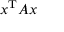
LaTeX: x ^ { \mathrm { T } } A x